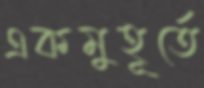
একমুহূর্তে